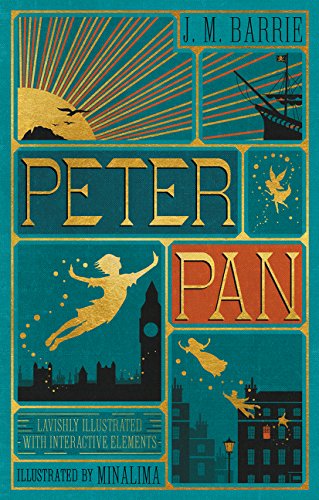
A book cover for Peter Pan; J. M. Barrie; Literature & Fiction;